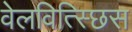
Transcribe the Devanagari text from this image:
वेलवित्स्छिस